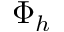
\Phi _ { h }